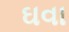
ઘવા